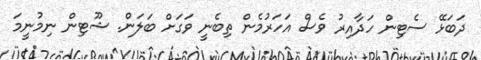
ދަބަޅޭ ސެޓިން ހަދާއިރު ވެސް އަހަރުމެން ތިބެނީ ވަގަށް ބަލަން. ޝޫޓިން ނިމުނީމަ